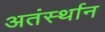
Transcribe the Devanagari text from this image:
अतंर्स्थान